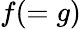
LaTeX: f(=g)